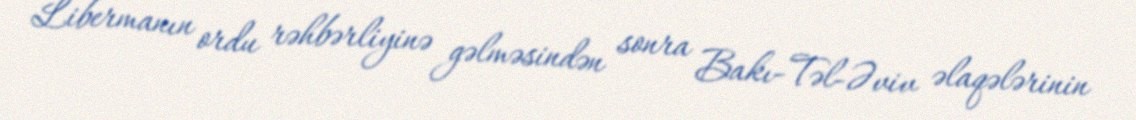
Libermanın ordu rəhbərliyinə gəlməsindən sonra Bakı-Təl-Əviv əlaqələrinin